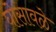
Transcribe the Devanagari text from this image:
घोसावळे